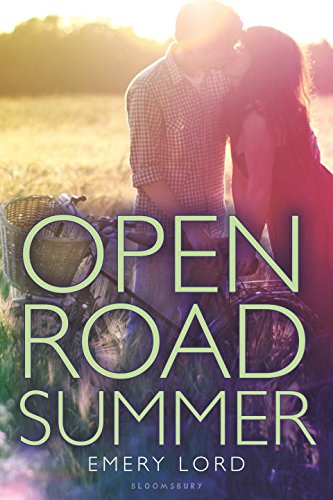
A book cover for Open Road Summer; Emery Lord; Teen & Young Adult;